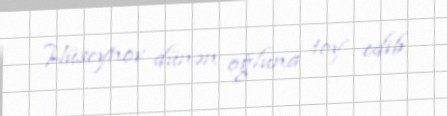
Hüseynov dünən oğluna toy edib.